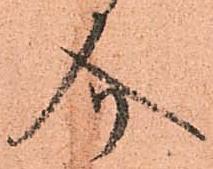
介